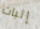
إثبات